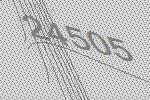
24505